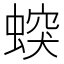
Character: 𧎛